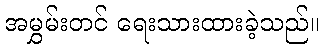
အမွှမ်းတင် ရေးသားထားခဲ့သည်။